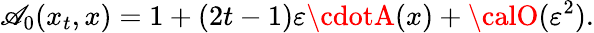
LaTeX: \mathscr{A}_{0}(x_{t},x)=1+(2t-1)\varepsilon\cdotA(x)+{\calO}(\varepsilon^{2}).